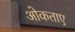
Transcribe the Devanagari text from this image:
ओकताए